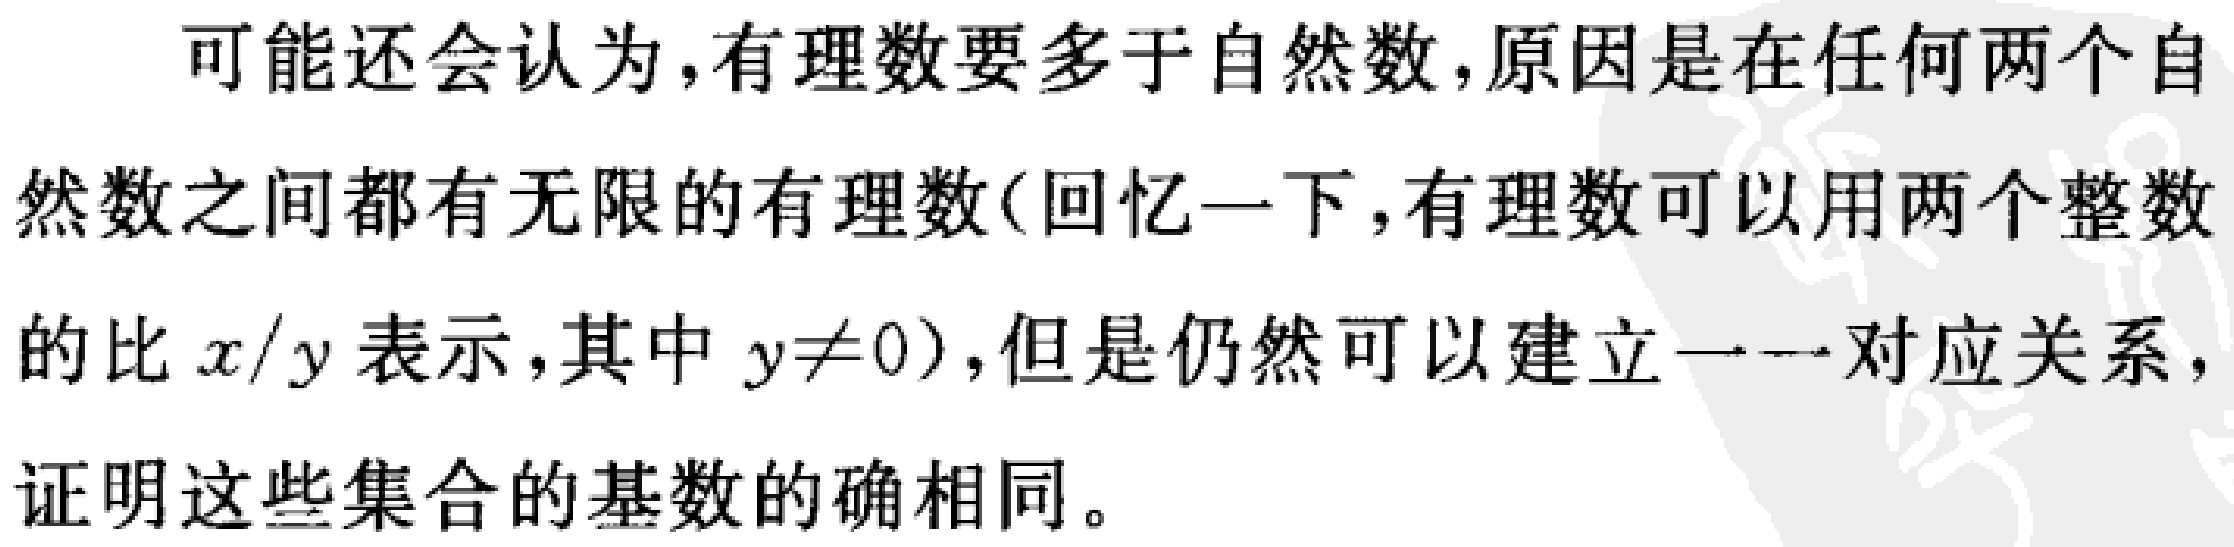
可能还会认为,有理数要多于自然数,原因是在任何两个自
然数之间都有无限的有理数(回忆一下,有理数可以用两个整数
的比$x/y$表示,其中$y\neq0$),但是仍然可以建立一一对应关系,
证明这些集合的基数的确相同。